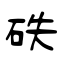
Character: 砆